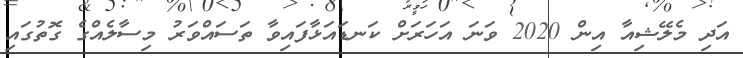
އަދި މެލޭޝިއާ އިން 2020 ވަނަ އަހަރަށް ކަނޑައަޅާފައިވާ ތަސައްވަރު މިސާލެއްގެ ގޮތުގައި